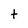
Character: t